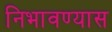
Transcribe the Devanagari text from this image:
निभावण्यास